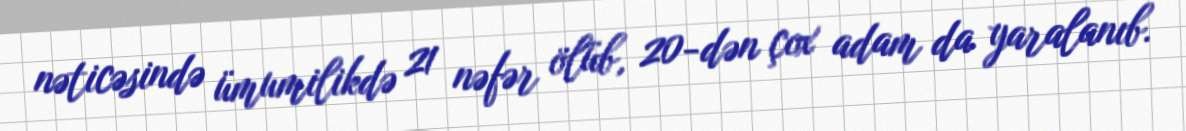
nəticəsində ümumilikdə 21 nəfər ölüb, 20-dən çox adam da yaralanıb.